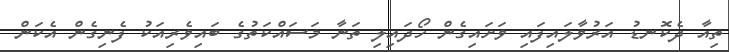
ތިއާ ދެކޮނޑު އަރުވާލައިފައި ވަށައިގެން ހޯދައިލި ތަނާ މަސައްކަތުގެ ބައިވެރިއަކު ފެނިގެން އެކަން